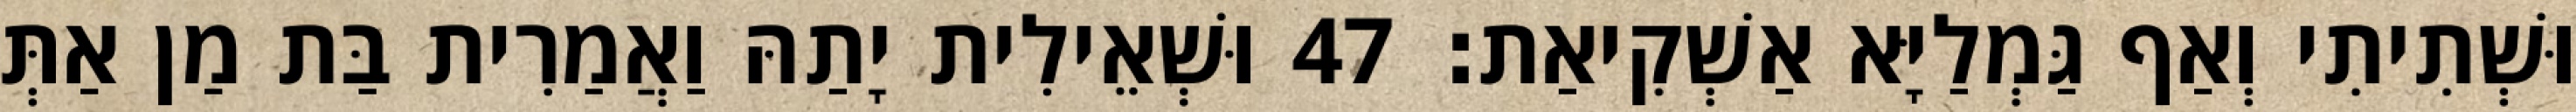
וּשְׁתִיתִי וְאַף גַּמְלַיָּא אַשְׁקִיאַת׃ 47 וּשְׁאֵילִית יָתַהּ וַאֲמַרִית בַּת מַן אַתְּ